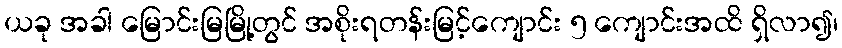
ယခု အခါ မြောင်းမြမြို့တွင် အစိုးရတန်းမြင့်ကျောင်း ၅ ကျောင်းအထိ ရှိလာ၍၊